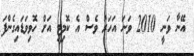
އޭނާ ވަނީ 2010 ވަނަ އަހަރު ވެސް އެ ކޮމިޓީ އަށް ހޮވިވަޑައިގެންފަ